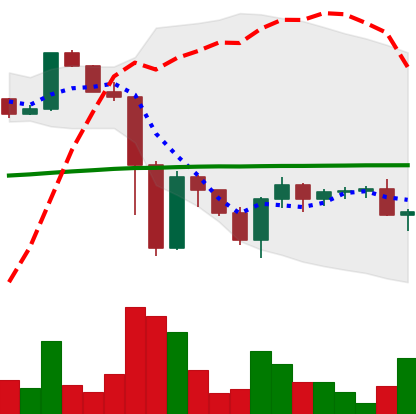
Ticker: XRP-USD
Chart end date: 2022-11-21
Forward return: 8.725%
Label: up_7plus